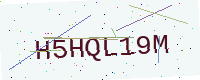
Text: H5HQL19M